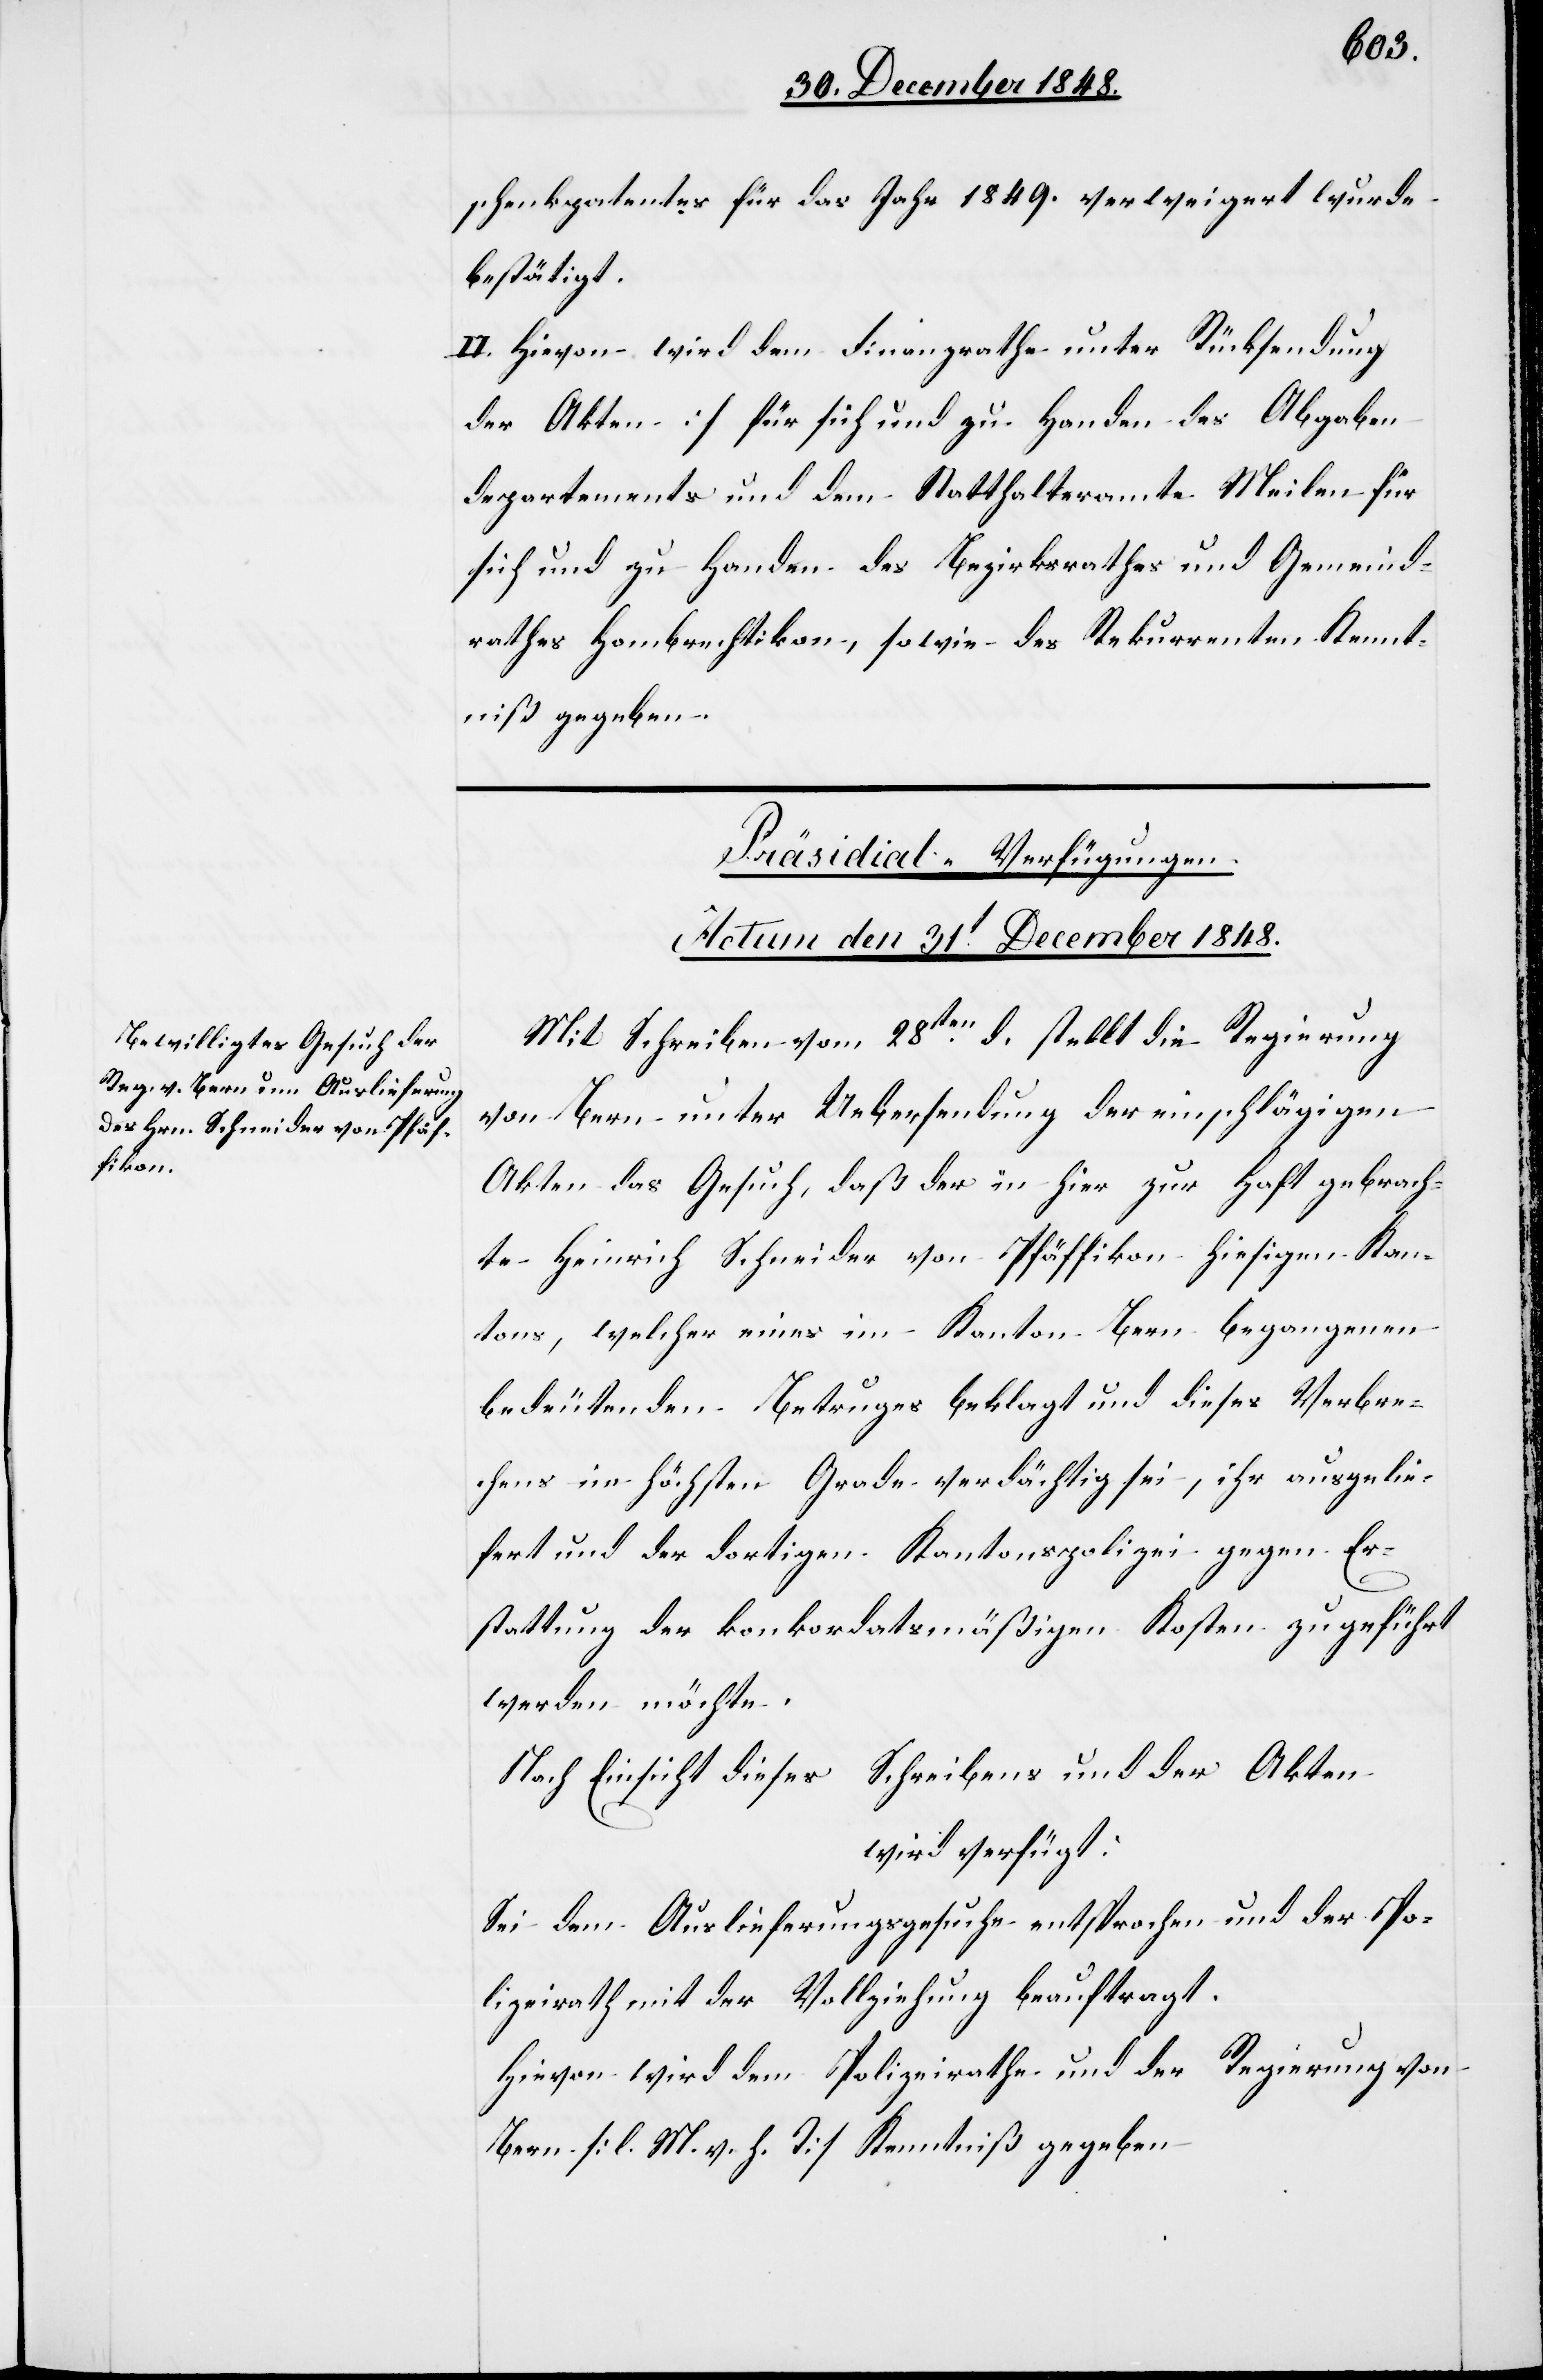
schenkpatentes für das Jahr 1849. verweigert wurde
bestätigt.
II. Hievon wird dem Finanzrathe []unter Rücksendung
der Akten] für sich und zu Handen des Abgaben¬
departements und dem Statthalteramte Meilen für
sich und zu Handen des Bezirksrathes und Gemeind¬
rahtes Hombrechtikon, sowie des Rekurrenten Kennt¬
niß gegeben.
Präsidial-Verfügungen.
Actum den 31t December 1848.
Mit Schreiben vom 28ten d. stellt die Regierung
von Bern unter Uebersendung der einschlägigen
Akten das Gesuch, daß der in hier zur Haft gebrach¬
te Heinrich Schneider von Pfäffikon hiesigen Kan¬
tons, welcher eines im Kanton Bern begangenen
bedeutenden Betruges beklagt und dieses Verbre¬
chens im höchsten Grade verdächtigt sei, ihr ausgelie¬
fert und der dortigen Kantonspolizei gegen Er¬
stattung der konkordatsmäßigen Kosten zugeführt
werden möchte.
Nach Einsicht dieses Schreibens und der Akten
wird verfügt:
Sei dem Auslieferungsgesuche entsprochen und der Po¬
lizeirath mit der Vollziehung beauftragt.
Hievon wird dem Polizeirathe und der Regierung von
Bern [l. M. v. h. T] Kenntniß gegeben.